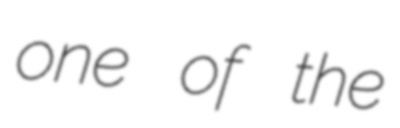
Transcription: one of the